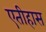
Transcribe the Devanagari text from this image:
एतीहास